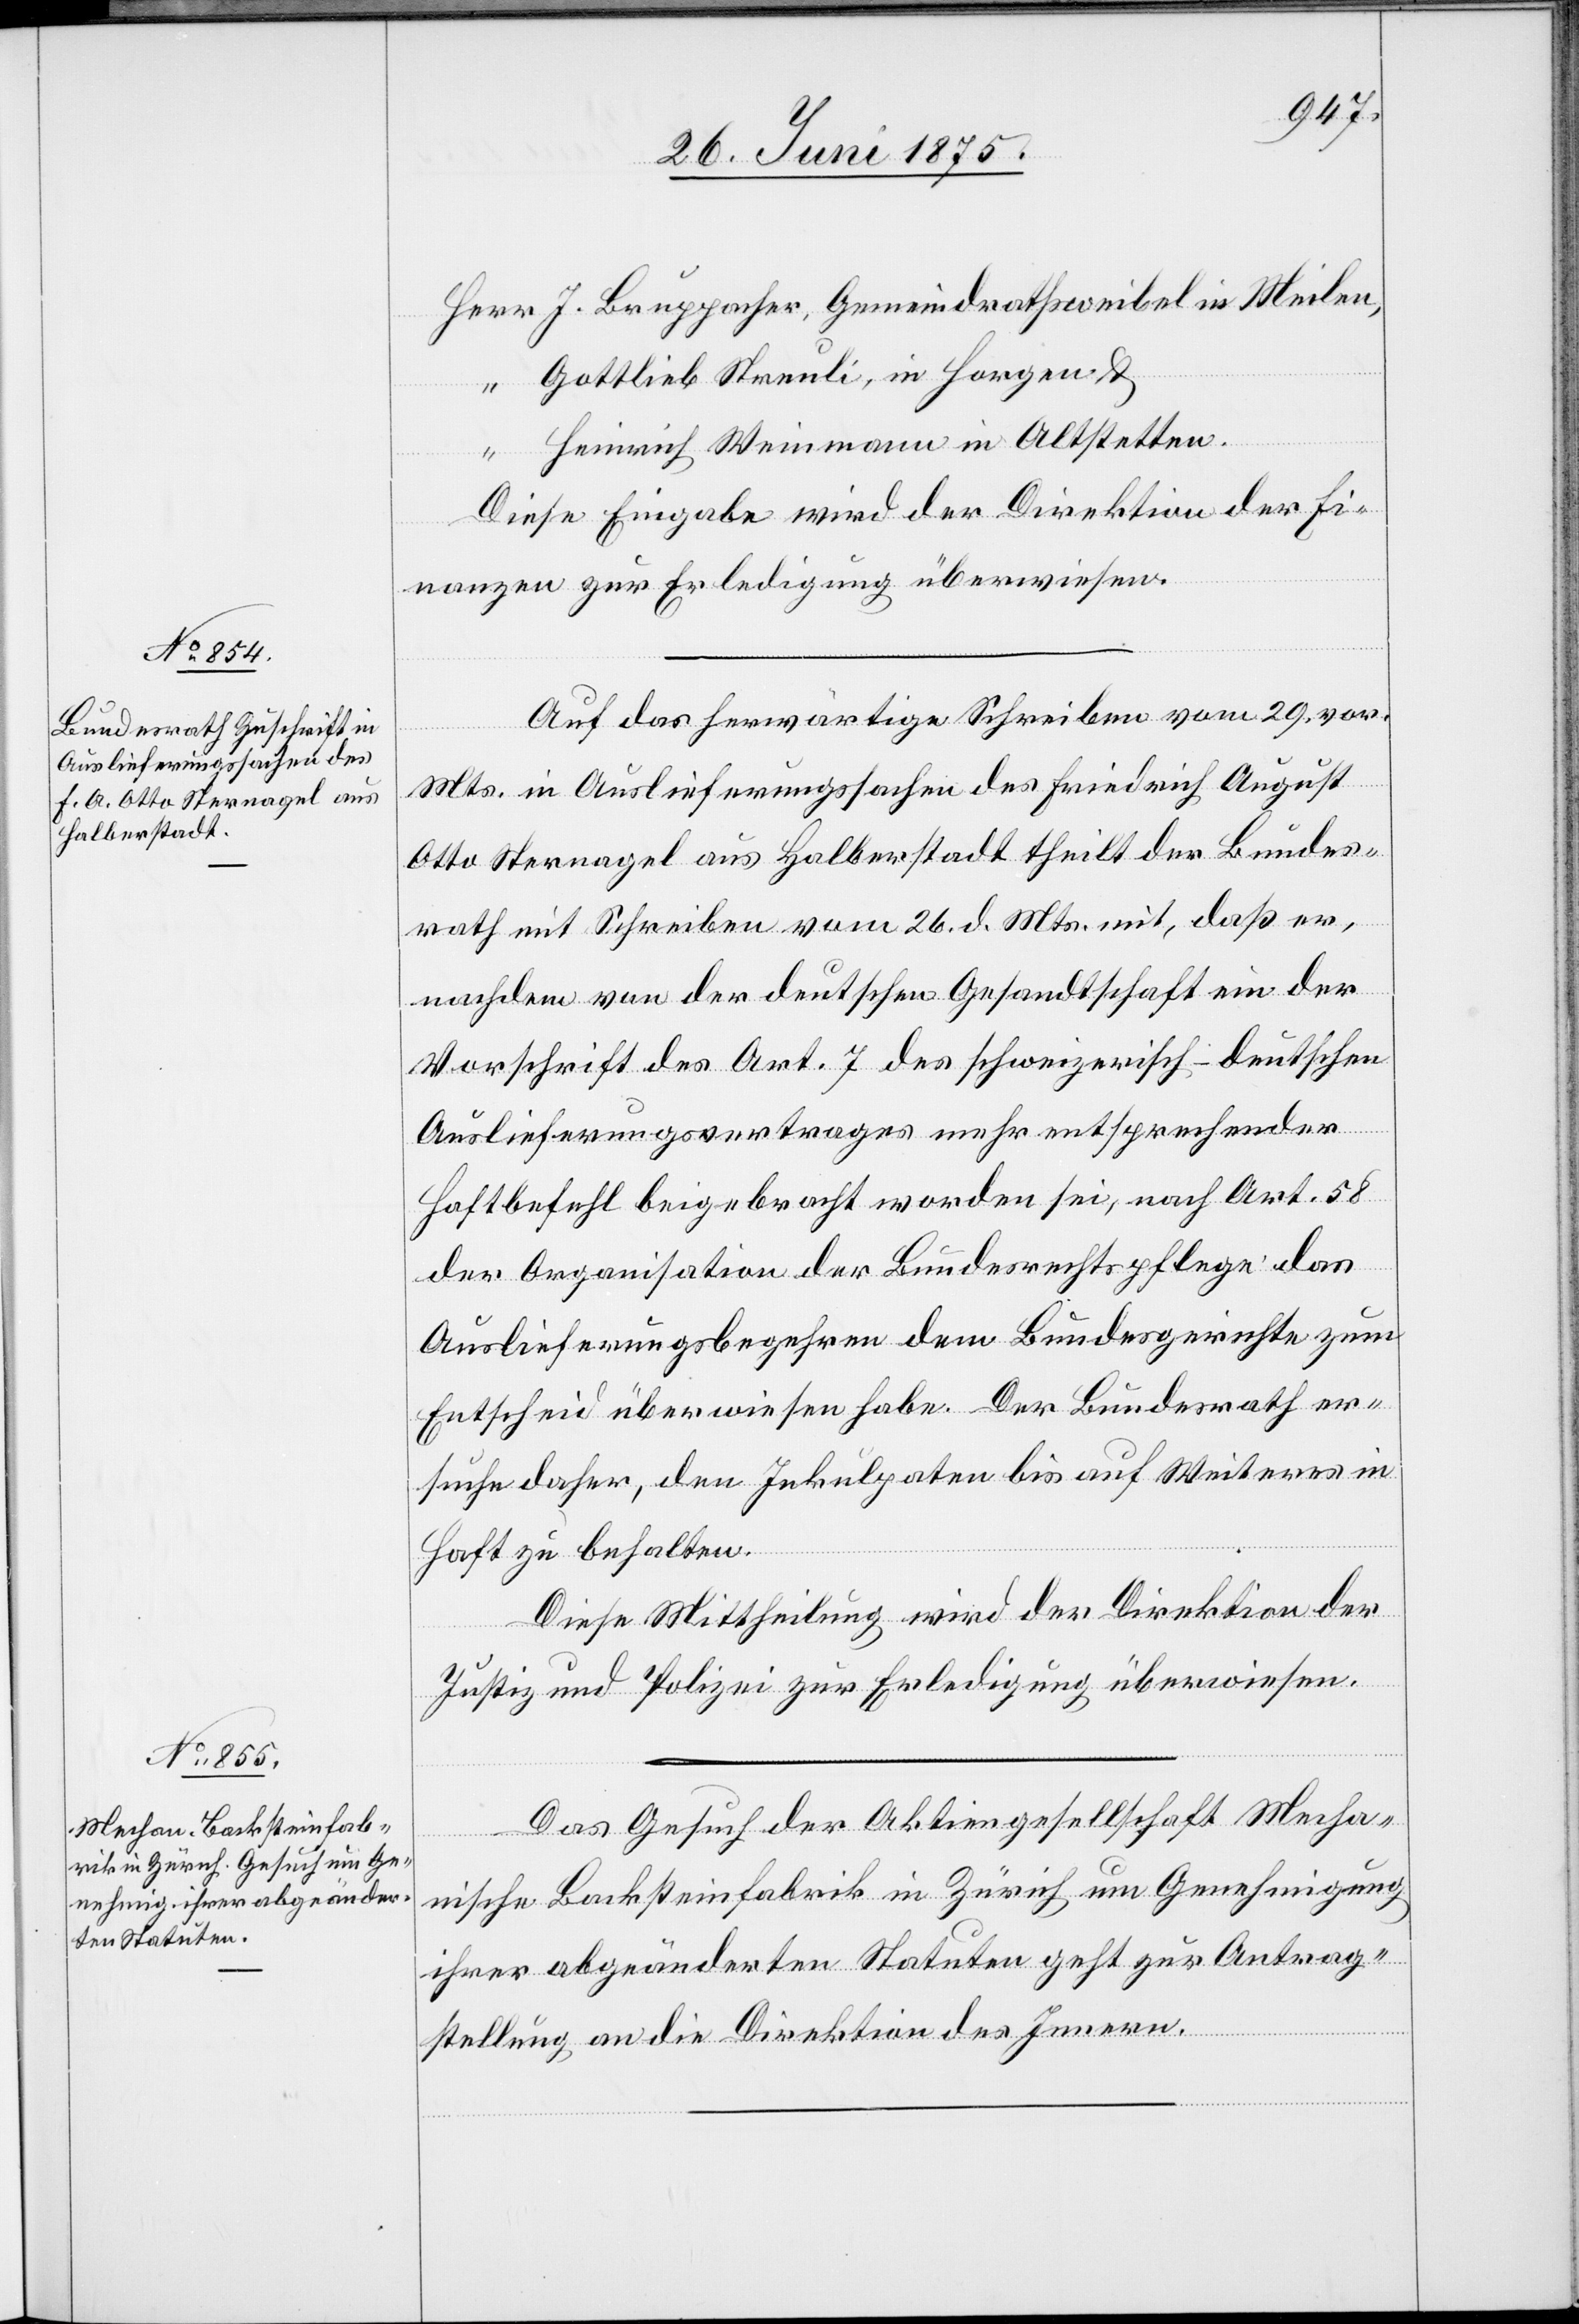
29. Juni 1875.]
J. Bruppacher, Gemeindrathsweibel in Meilen,
Gottlieb Streuli, in Horgen &
Heinrich Weinmann in Altstetten.
Diese Eingabe wird der Direktion der Fi¬
nanzen zur Erledigung überwiesen.
Auf das herwärtige Schreiben vom 29. vor.
Mts. in Auslieferungssachen des Friedrich August
Otto Sternagel aus Halberstadt theilt der Bundes¬
rath mit Schreiben vom 26. d. Mts mit, daß er,
nachdem von der deutschen Gesandtschaft ein der
Vorschrift des Art. 7 des schweizerisch-deutschen
Auslieferungsvertrages mehr entsprechender
Haftbefehl beigebracht worden sei, nach Art. 58
Herr
der Organisation der Bundesrechtspflege das
Auslieferungsbegehren dem Bundesgerichte zum
Entscheid überwiesen habe. Der Bundesrath er¬
suche daher, den Inkulpaten bis auf Weiteres in
Haft zu behalten.
Diese Mittheilung wird der Direktion der
Justiz und Polizei zur Erledigung überwiesen.
Das Gesuch der Aktiengesellschaft Mecha¬
nische Backsteinfabrik in Zürich um Genehmigung
ihrer abgeänderten Statuten geht zur Antrag¬
stellung an die Direktion des Innern.